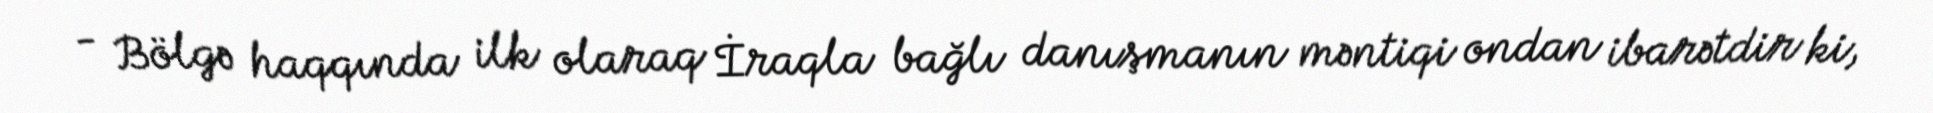
- Bölgə haqqında ilk olaraq İraqla bağlı danışmanın məntiqi ondan ibarətdir ki,